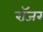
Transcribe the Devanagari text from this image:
राॅजर